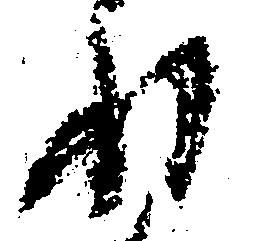
ね